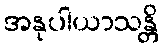
အနုပါယာသန္တိ